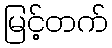
မြင့်တက်